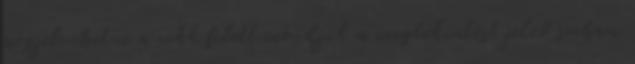
megjelenhetne a cikk felett mondjuk a megtekintést jelző sorban